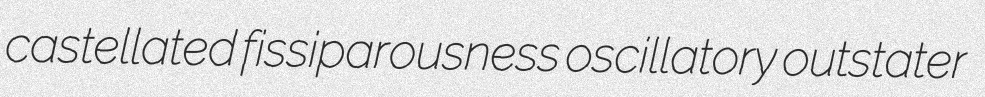
castellated fissiparousness oscillatory outstater